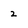
Character: 2